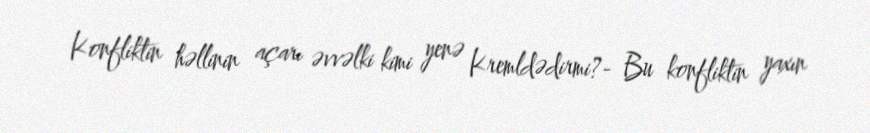
Konfliktin həllinin açarı əvvəlki kimi yenə Kremldədirmi?- Bu konfliktin yaxın